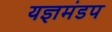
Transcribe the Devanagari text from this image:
यज्ञमंडप